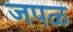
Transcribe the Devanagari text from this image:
जपळ